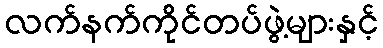
လက်နက်ကိုင်တပ်ဖွဲ့များနှင့်